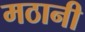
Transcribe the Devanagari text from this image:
मठानी